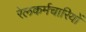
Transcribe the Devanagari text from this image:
रेलकर्मचारियों